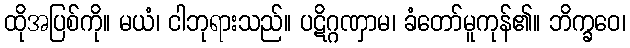
ထိုအပြစ်ကို။ မယံ၊ ငါဘုရားသည်။ ပဋိဂ္ဂဏှာမ၊ ခံတော်မူကုန်၏။ ဘိက္ခဝေ၊